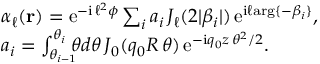
\begin{array} { r l } & { \alpha _ { \ell } ( { \bf r } ) = \mathrm { e } ^ { - \mathrm { i } \, \ell ^ { 2 } \phi } \sum _ { i } a _ { i } \, J _ { \ell } ( 2 | \beta _ { i } | ) \, \mathrm { e } ^ { \mathrm { i } \ell \mathrm { a r g } \{ - \beta _ { i } \} } , } \\ & { a _ { i } = \int _ { \theta _ { i - 1 } } ^ { \theta _ { i } } \! \! \! \theta d \theta \, J _ { 0 } ( q _ { 0 } R \, \theta ) \, \mathrm { e } ^ { - \mathrm { i } q _ { 0 } z \, \theta ^ { 2 } / 2 } . } \end{array}